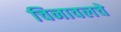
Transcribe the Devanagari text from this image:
चिनावलचे